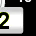
Digit: 2